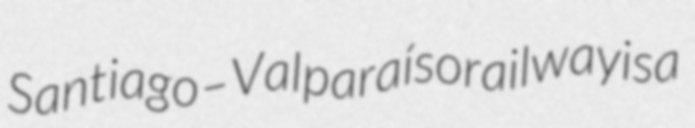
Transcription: Santiago–Valparaíso railway is a